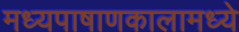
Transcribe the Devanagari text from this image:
मध्यपाषाणकालामध्ये